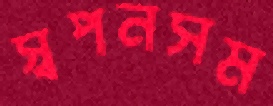
স্বপনসম